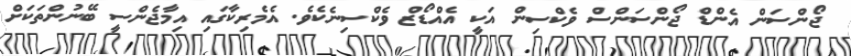
ޖޯންސަން އެންޑް ޖޯންސަންސް ވެކްސިން އަކީ އެއްޑޯޒް ވެކްސިނެކެވެ. އެމެރިކާގައި އިމާޖެންސީ ބޭނުންތަކަށް